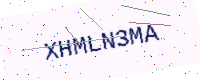
Text: XHMLN3MA